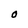
Character: O